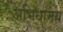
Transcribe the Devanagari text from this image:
अभिधामय